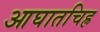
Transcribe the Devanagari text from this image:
आघातचिह्र